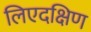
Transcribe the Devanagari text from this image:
लिएदक्षिण